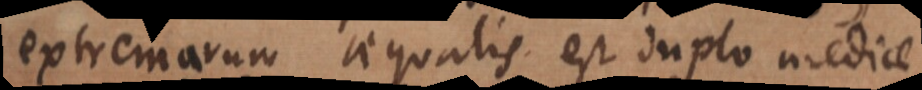
extremarum aequalis est duplo mediae.